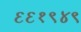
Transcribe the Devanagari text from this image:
६६१९४९